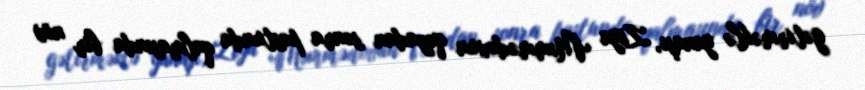
gətirməklə yanaşı, Ziya Məmmədovun qəzadan sonra postunda qalmasında bir növ